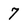
Character: 7